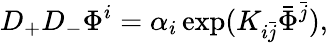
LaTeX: D_{+}D_{-}\Phi^{i}=\alpha_{i}\exp(K_{i\bar{j}}\bar{\Phi}^{\bar{j}}),